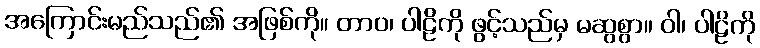
အကြောင်းမည်သည်၏ အဖြစ်ကို။ တာဝ၊ ပါဠိကို ဖွင့်သည်မှ မဆွစွာ။ ဝါ၊ ပါဠိကို